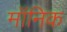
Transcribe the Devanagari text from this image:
मॉनिक